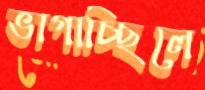
ভাগাচ্ছিলে